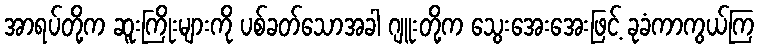
အာရပ်တို့က ဆူးကြိုးများကို ပစ်ခတ်သောအခါ ဂျူးတို့က သွေးအေးအေးဖြင့် ခုခံကာကွယ်ကြ